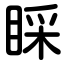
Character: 睬